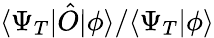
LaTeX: \langle\Psi_{T}|\hat{O}|\phi\rangle/\langle\Psi_{T}|\phi\rangle